Report on the Civil Veterinary Department, Eastern Bengal and Assam - 1907-1911
Year: 1907
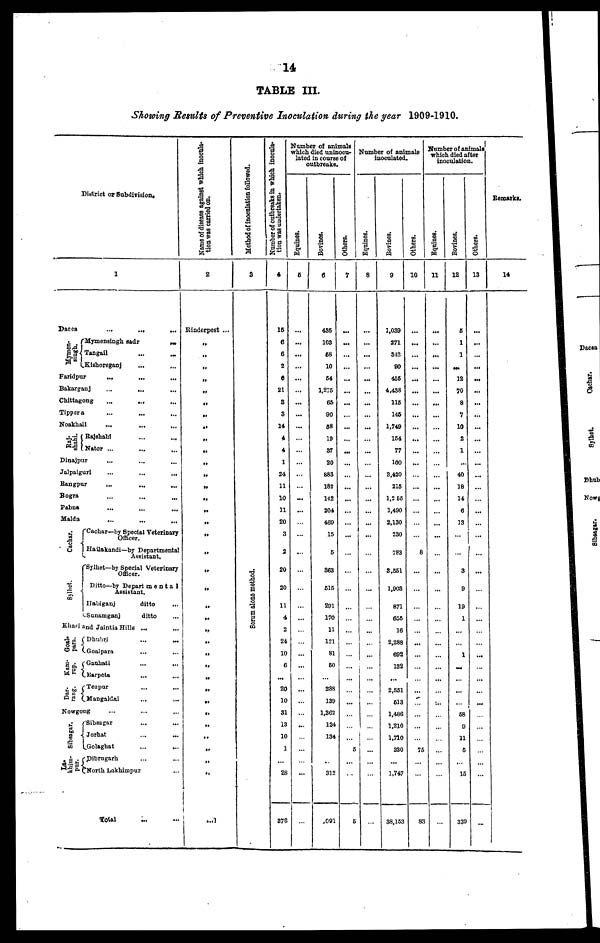
14
TABLE III.
Showing Results of Preventive Inoculation during the year 1909-1910.
District or Subdivision.
1
Dacca
… … …
Mymen-
singh.
Mymensingh sadr …
Tangail
... …
Kishoreganj … …
Faridpur … … …
Bakarganj
... … …
Chittagong
... … …
Tippera
...
... …
Noakhali
…
... …
Raj-
shahi.
Rajshahi … …
Nator ... … …
Dinajpur … … …
Jalpalguri
...
... …
Rangpur … … …
Bogra
...
...
...
Pabna
… … …
Malda
… … …
Cachar.
Sylhet.
Cachar—by Special Veterinary
Officer.
Hailakandi—by Departmental
Assistant.
Sylhet—by Special Veterinary
Officer.
Ditto—by Depart menta1
Assistant.
Habiganj
ditto …
Sanamgsnj
ditto …
Khasi and Jaintia Hills ... …
Goal -
para.
Ka m-
rup.
Dar-
rang.
Dhubri … …
Goalpara
... …
Gauhati
... …
Barpeta … …
Tezpur … …
Mangaldai … …
Nowgong … … …
Sibsagar.
La-
khim-
pur.
Sibsagar
Jorbat
... …
Golaghat
...
...
Dibrugarh … …
North Lakhimpur … …
Total … …
Name of disease against which inocula-
tion was carried on.
2
Rinderpest ...
„
„
„
„
„
„
„
„
„
„
„
„
„
„
„
„
„
„
„
99
„
„
„
„
„
„
„
„
„
„
„
„
„
…
Method of inoculation followed.
3
method.
ons
al rum
Se
Number of outbreaks in which inocula-
tion was undertaken.
4
16
6
6
2
6
21
3
8
14
4
4
1
24
11
10
11
20
3
2
20
20
11
4
2
24
10
6
20
10
31
13
10
1
...
28
376
Number of animals
which died uninocu-
lated in course of
outbreaks.
Equines.
5
…
...
...
...
...
...
...
...
...
...
...
...
...
...
...
...
...
...
…
...
...
...
...
...
...
...
...
...
...
...
...
...
...
…
...
Bovines.
6
435
103
58
10
64
1,275
65
90
68
19
37
20
883
182
142
204
469
15
6
863
615
291
170
11
121
81
60
288
139
1,362
124
134
…
312
,091
Others.
7
…
...
...
...
...
...
...
...
…
...
...
...
…
...
...
…
…
...
…
…
…
…
…
…
…
...
…
...
…
…
…
5
…
…
6
Number of animals
inoculated.
Equines.
8
…
…
...
...
...
...
...
...
...
…
…
…
…
...
...
…
...
...
…
…
...
...
…
…
…
…
…
...
…
…
…
…
…
…
...
Bovines.
9
1,039
271
342
90
455
4,438
115
146
1,749
154
77
100
3,420
215
1,2 65
1,490
2,130
230
783
3,551
1,903
871
655
16
2,288
692
132
2,551
513
1,486
1,210
1,710
330
...
1,747
38,153
Others.
10
…
…
…
...
...
…
...
…
...
…
...
...
…
...
…
…
…
…
8
...
…
…
…
…
...
…
…
…
…
…
…
75
…
…
83
Number of animals
which died after
inoculation.
Equines.
11
…
…
…
...
...
...
...
...
…
…
…
…
...
...
…
…
...
...
…
...
...
…
…
…
…
…
…
...
…
…
…
…
…
…
…
Bovines.
12
6
1
1
…
12
70
8
7
10
2
1
...
40
18
14
6
13
…
…
3
9
19
1
…
1
…
…
...
58
9
11
5
…
15
339
Others.
13
…
...
...
…
...
...
...
...
...
...
…
...
...
...
…
…
…
...
…
...
…
…
…
…
…
...
…
…
…
…
…
…
…
…
...
Remarks,
14